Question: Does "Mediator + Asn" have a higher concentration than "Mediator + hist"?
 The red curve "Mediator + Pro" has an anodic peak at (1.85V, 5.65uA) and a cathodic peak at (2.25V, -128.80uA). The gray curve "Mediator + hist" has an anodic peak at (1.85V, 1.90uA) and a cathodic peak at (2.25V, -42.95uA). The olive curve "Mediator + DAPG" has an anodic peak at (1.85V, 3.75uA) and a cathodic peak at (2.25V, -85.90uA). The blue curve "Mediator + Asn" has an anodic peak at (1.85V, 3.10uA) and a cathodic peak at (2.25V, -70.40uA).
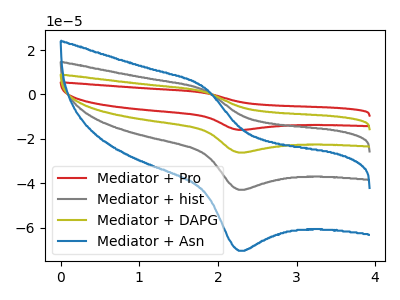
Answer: <think>All the peaks in "Mediator + Asn" have a peak in "Mediator + hist" at the same potential. Every peak in "Mediator + Asn" is higher than every peak in "Mediator + hist".
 </think>
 <answer>"Mediator + Asn" has more signal than "Mediator + hist" and so likely has a higher concentration.</answer>
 <eval>more_concentration</eval>